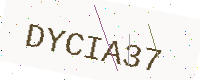
Text: DYCIA37